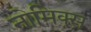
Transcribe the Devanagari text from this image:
नोमिक्स